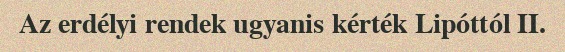
Az erdélyi rendek ugyanis kérték Lipóttól II.